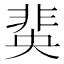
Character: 𮧆